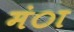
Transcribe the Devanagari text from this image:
मंा